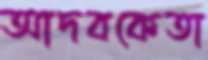
আদবকেতা